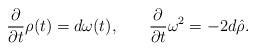
\begin{align*}{{\partial}\over{\partial t}}\rho(t)=d\omega(t),\hskip 0.3 in {{\partial}\over{\partial t }}\omega^2=-2d \hat{\rho}.\end{align*}